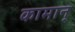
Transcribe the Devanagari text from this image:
कामान्